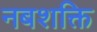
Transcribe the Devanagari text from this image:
नबशक्ति